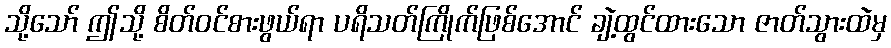
သို့သော် ဤသို့ စိတ်ဝင်စားဖွယ်ရာ ပရိသတ်ကြိုက်ဖြစ်အောင် ချဲ့ထွင်ထားသော ဇာတ်သွားထဲမှ